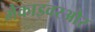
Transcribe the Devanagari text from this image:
मैकाइवरऔर